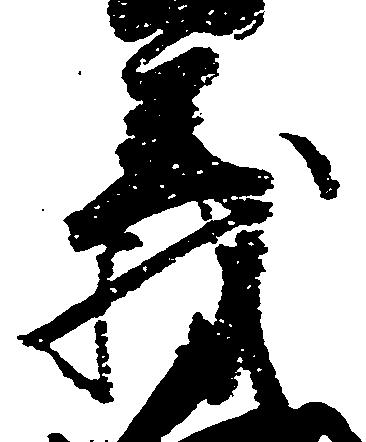
義